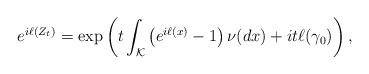
LaTeX: \begin{align*}e^{i\ell(Z_t)}=\exp\left(t\int_\mathcal K\left(e^{i\ell(x)}-1\right)\nu(dx)+it\ell(\gamma_0)\right),\end{align*}